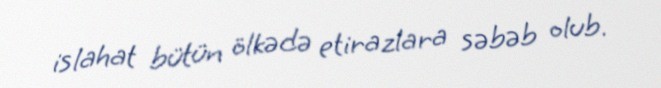
islahat bütün ölkədə etirazlara səbəb olub.